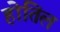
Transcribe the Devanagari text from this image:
होतिल